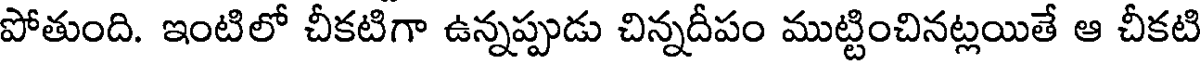
పోతుంది. ఇంటిలో చీకటిగా ఉన్నప్పుడు చిన్నదీపం ముట్టించినట్లయితే ఆ చీకటి